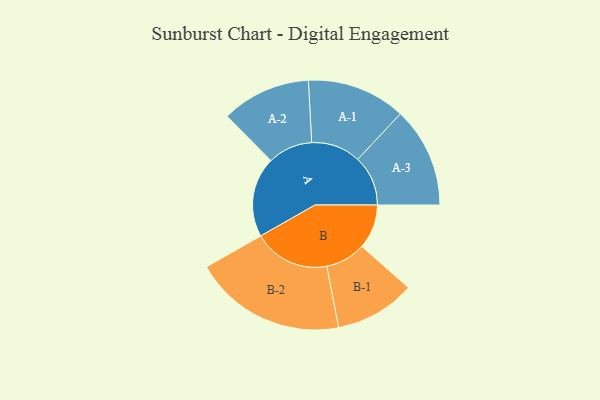
{"axis": {"x": "Segment", "y": "Value"}, "legend": ["", "A", "B"], "data": [{"x": "A", "y": 289, "type": ""}, {"x": "B", "y": 160, "type": ""}, {"x": "A-1", "y": 178, "type": "A"}, {"x": "A-2", "y": 161, "type": "A"}, {"x": "A-3", "y": 181, "type": "A"}, {"x": "B-1", "y": 145, "type": "B"}, {"x": "B-2", "y": 275, "type": "B"}]}